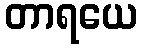
တာရယေ